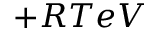
+ R T e V